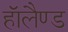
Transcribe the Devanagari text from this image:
हाॅलैण्ड